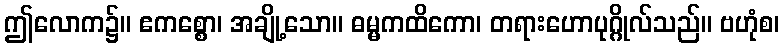
ဤလောက၌။ ဧကစ္စော၊ အချို့သော။ ဓမ္မကထိကော၊ တရားဟောပုဂ္ဂိုလ်သည်။ ဗဟုံစ၊